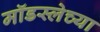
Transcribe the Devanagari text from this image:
मॉडस्लेच्या